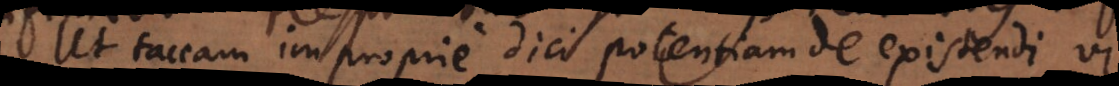
Ut taceam improprie dici potentiam de existendi vi.